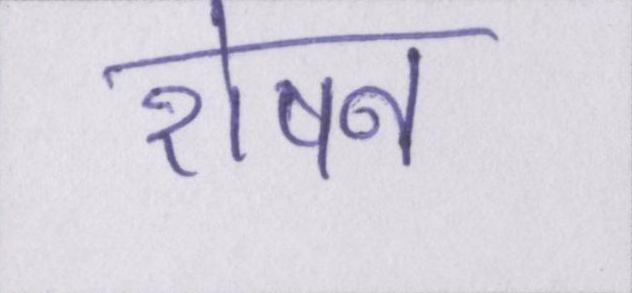
रोषन